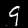
Digit: 9